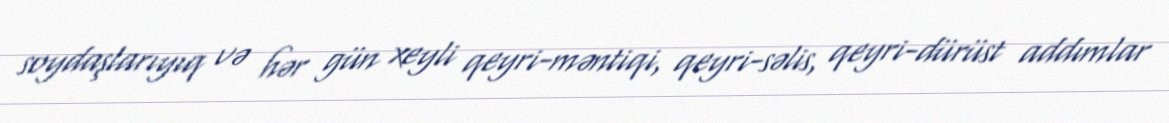
soydaşlarıyıq və hər gün xeyli qeyri-məntiqi, qeyri-səlis, qeyri-dürüst addımlar